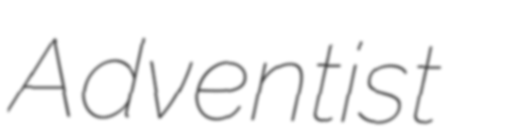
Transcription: Adventist